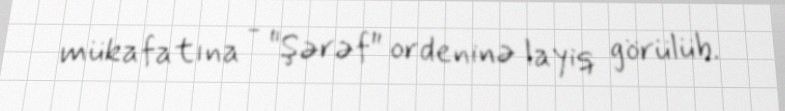
mükafatına - "Şərəf" ordeninə layiq görülüb.